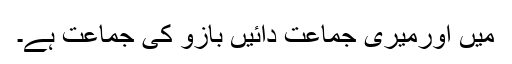
میں اورمیری جماعت دائیں بازو کی جماعت ہے۔